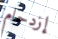
إزدحام